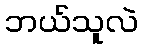
ဘယ်သူလဲ